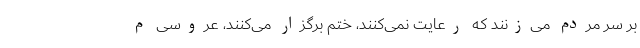
بر سر مردم می‌زنند که رعایت نمی‌کنند، ختم برگزار می‌کنند، عروسی م